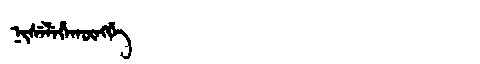
Manchu: ᠨᡳᠰᡝᠯᡝᡥᠠᡴᡡᠩᡤᡝ
Romanization: NISELEHAKŪNGGE